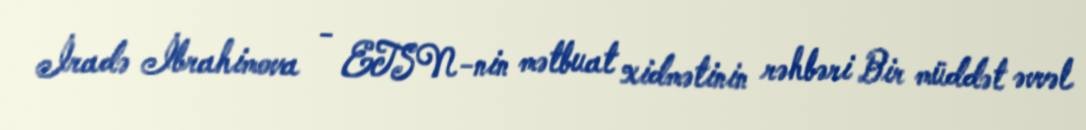
İradə İbrahimova - ETSN-nin mətbuat xidmətinin rəhbəri Bir müddət əvvəl